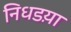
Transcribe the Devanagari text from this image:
निधडय़ा